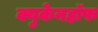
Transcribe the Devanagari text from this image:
क्युकेनहॉफ